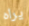
يراه